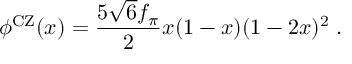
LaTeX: \phi ^ { \mathrm { C Z } } ( x ) = \frac { 5 \sqrt { 6 } f _ { \pi } } { 2 } x ( 1 - x ) ( 1 - 2 x ) ^ { 2 } \; .